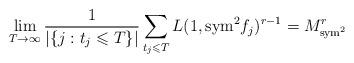
LaTeX: \begin{align*} \lim_{T\to \infty} \frac{1}{|\{j : t_j\leqslant T\}|} \sum_{t_j\leqslant T} L(1, {\rm sym}^2f_j)^{r-1}= M_{{\rm sym}^2}^{r}\end{align*}